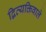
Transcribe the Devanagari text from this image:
द्विव्यक्तिवाले